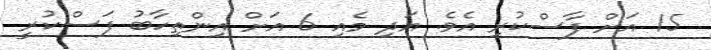
15 އަށް ފާސްކުރި އެވެ. އަދި މެއި 6 އަށް އިންތިހާބު ފަސްކުރީ